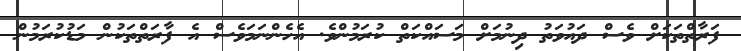
ފަރާތްތަކަށް ވެސް ދައުވަތު ދިނުމަށް މަސައްކަތް ކުރަމުންވެ. އެހެންނަމަވެސް އެ ފާރަތްތަކުން މަޑުކުރަމުން